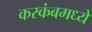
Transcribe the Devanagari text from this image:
करकंबमध्ये